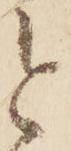
と